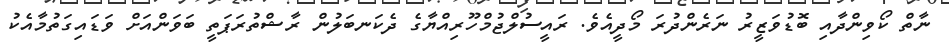
ނާތް ކޯވިންދާއި ބޮޑުވަޒީރު ނަރެންދުރަ މޯދީއެވެ. ރައީސުލްޖުމްހޫރިއްޔާގެ ދެކަނބަލުން ރާޝްތުރަޕަތީ ބަވަންއަށް ވަޑައިގަތުމާއެކު